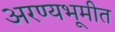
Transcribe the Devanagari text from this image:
अरण्यभूमीत